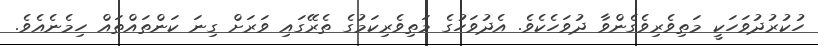
ހުކުރުދުވަހަކީ މަތިވެރިވެގެންވާ ދުވަހެކެވެ. އެދުވަހުގެ މަތިވެރިކަމުގެ ތެރޭގައި ވަރަށް ގިނަ ކަންތައްތައް ހިމެނެއެވެ.